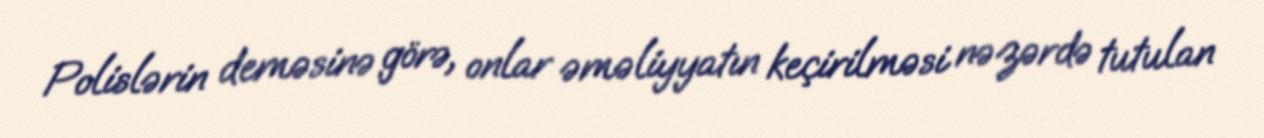
Polislərin deməsinə görə, onlar əməliyyatın keçirilməsi nəzərdə tutulan